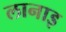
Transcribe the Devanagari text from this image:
लानाइ